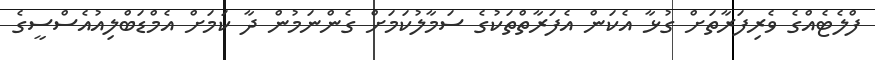
ފްލެޓެއްގެ ވެރިފަރާތަށް ގުޅާ އެކަން އެފަރާތްތަކުގެ ސަމާލުކަމަށް ގެންނަމުން ދާ ކަމަށް އެމްޑަބްލިއުއެސްސީގެ